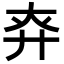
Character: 𢌾